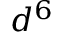
d ^ { 6 }